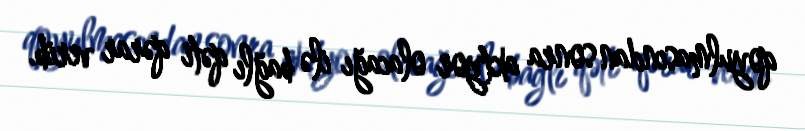
qoyulmasından sonra aktyor olacağı ilə bağlı qəti qərar verib.